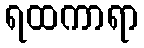
ရထကာရာ